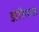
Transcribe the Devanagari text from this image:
डोरियन्स